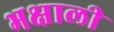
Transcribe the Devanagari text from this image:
भक्षाली